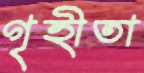
গৃহীতা